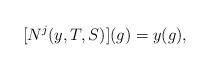
LaTeX: \begin{align*} [N^j(y,T,S)](g) = y(g),\end{align*}